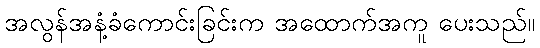
အလွန်အနံ့ခံကောင်းခြင်းက အထောက်အကူ ပေးသည်။